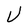
Character: U